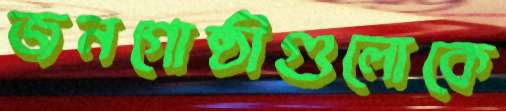
জনগোষ্ঠীগুলোকে